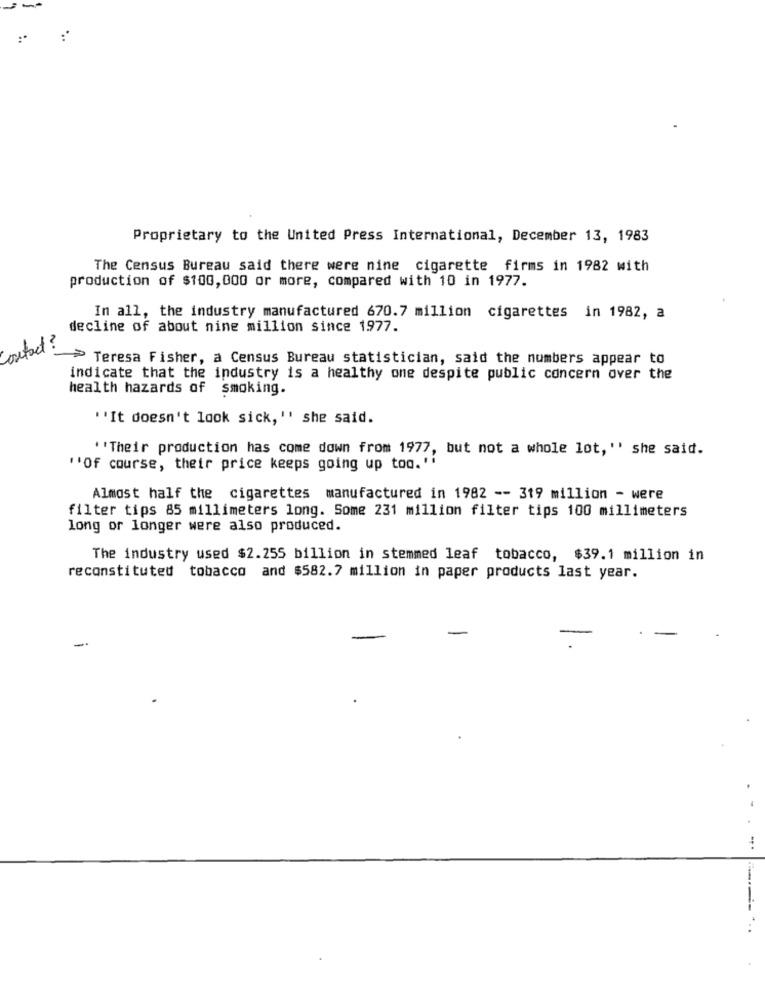
-
:*
Proprietary to the United Press International, December 13, 1983
The Census Bureau said there were nine cigarette firms in 1982 with
production of $100,000 or more, compared with 10 in 1977.
In all, the industry manufactured 670.7 million cigarettes in 1982, a
decline of about nine million since 1977.
Contact ?
> Teresa Fisher, a Census Bureau statistician, said the numbers appear to
indicate that the industry is a healthy one despite public concern over the
health hazards of smoking.
''It doesn't look sick, '' she said.
"Their production has come down from 1977, but not a whole lot, "' she said.
"Of course, their price keeps going up too. "
Almost half the cigarettes manufactured in 1982 -- 319 million - were
filter tips 85 millimeters long. Some 231 million filter tips 100 millimeters
long or longer were also produced.
The industry used $2.255 billion in stemmed leaf tobacco, $39.1 million in
reconstituted tobacco and $582.7 million in paper products last year.
-